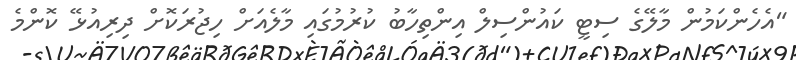
"އެހެންކަމުން މާލޭގެ ސިޓީ ކައުންސިލް އިންތިހާބު ކުރުމުގައި މާލެއަށް ހިޖުރަކޮށް ދިރިއުޅޭ ކޮންމެ